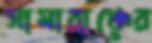
সামারাঞ্চের